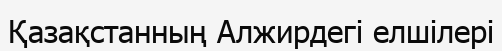
Қазақстанның Алжирдегі елшілері